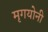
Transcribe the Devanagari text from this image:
मृगयोनी